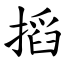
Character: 搯